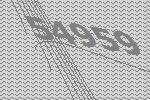
54959